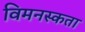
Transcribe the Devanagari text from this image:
विमनस्कता